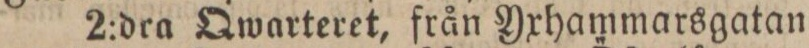
2:dra Qwarteret, från Yxhammarsgatan